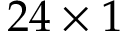
2 4 \times 1